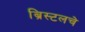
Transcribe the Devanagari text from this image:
ब्रिस्टलचे